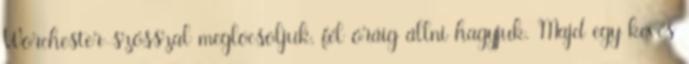
Worchester-szósszal meglocsoljuk, fél óráig állni hagyjuk. Majd egy kevés